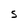
Character: S